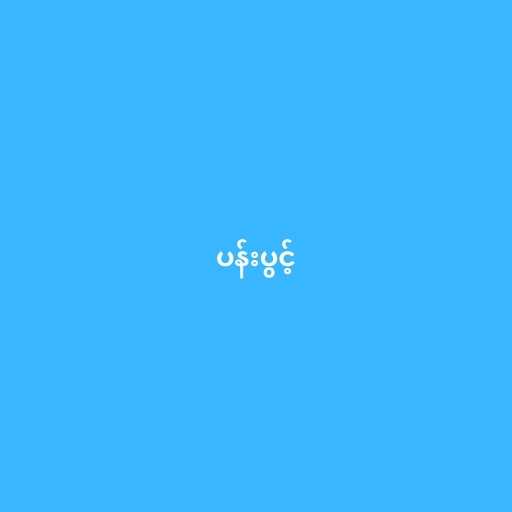
ပန်းပွင့်